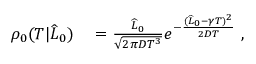
\begin{array} { r l } { \rho _ { 0 } ( T | \widehat { L } _ { 0 } ) } & { { } = \frac { \widehat { L } _ { 0 } } { \sqrt { 2 \pi D T ^ { 3 } } } e ^ { - \frac { ( \widehat { L } _ { 0 } - \gamma T ) ^ { 2 } } { 2 D T } } \ , } \end{array}